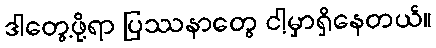
ဒါတွေ့ဖို့ရာ ပြဿနာတွေ ငါ့မှာရှိနေတယ်။